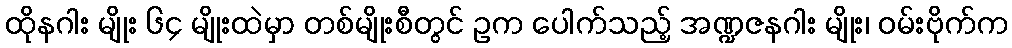
ထိုနဂါး မျိုး ၆၄ မျိုးထဲမှာ တစ်မျိုးစီတွင် ဥက ပေါက်သည့် အဏ္ဍဇနဂါး မျိုး၊ ဝမ်းဗိုက်က